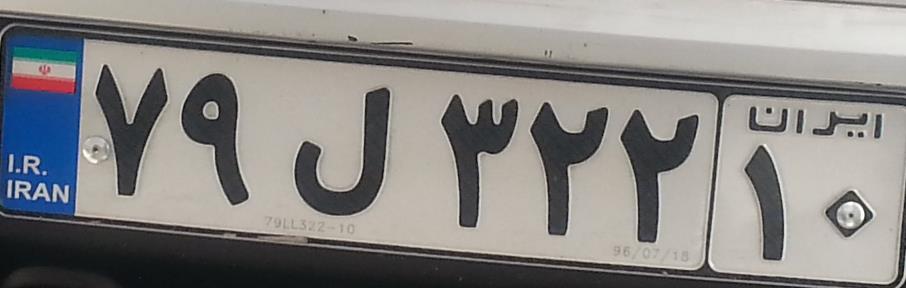
۷۹ل۳۲۲۱۰